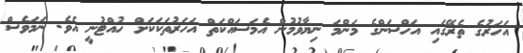
އަހަރުގެ ތެރޭގައި އަހްސަންގެ މަންމަ ނިޔާވުމުން އެމަސައްކަތް އަހަރުތަކަކަށް ހުއްޓުނީ އެވެ. ނަމަވެސް